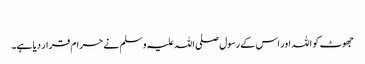
​
جھوٹ کو اللہ اور اس کے رسول صلی اللہ علیہ وسلم نے حرام قرار دیا ہے۔